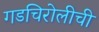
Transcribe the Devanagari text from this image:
गडचिरोलीची